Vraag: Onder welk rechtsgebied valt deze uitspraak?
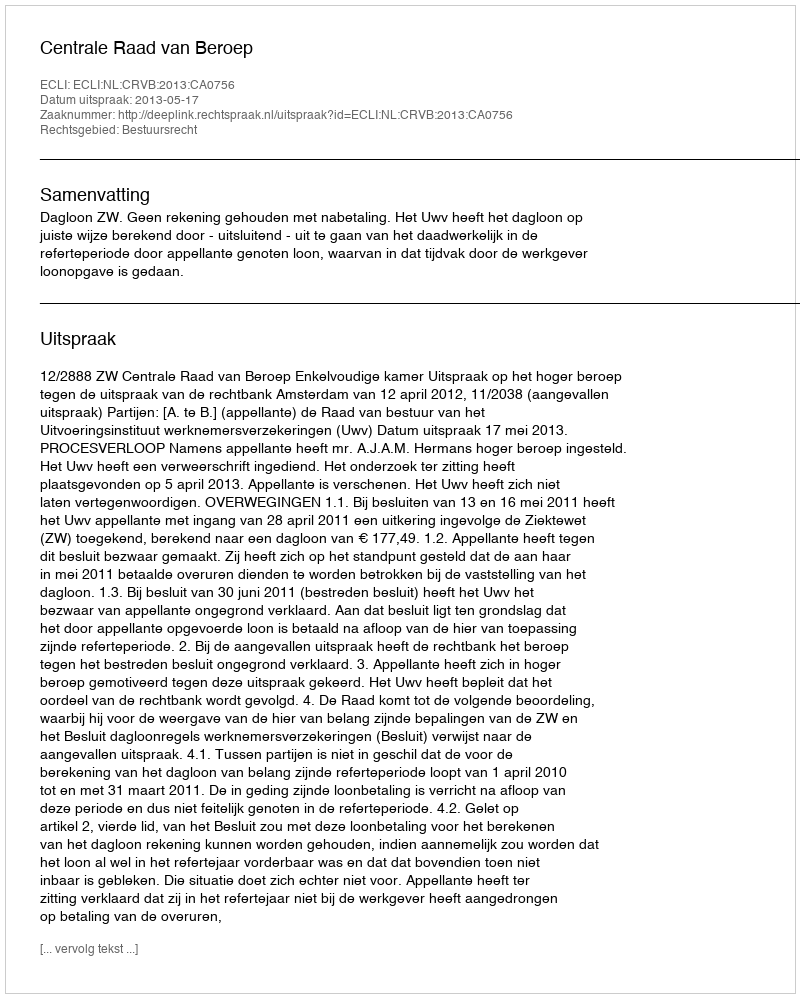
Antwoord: Bestuursrecht